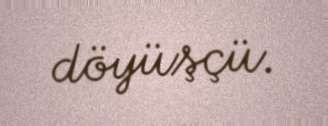
döyüşçü.